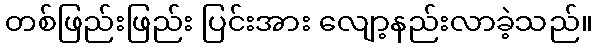
တစ်ဖြည်းဖြည်း ပြင်းအား လျော့နည်းလာခဲ့သည်။